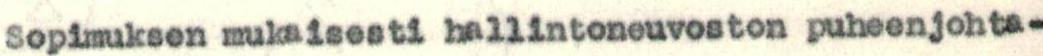
Sopimuksen mukaisesti hallintoneuvoston puheenjohta-